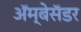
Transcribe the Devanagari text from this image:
अॅम्बेसॅडर